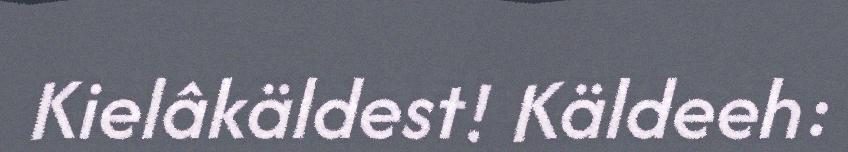
Kielâkäldest! Käldeeh: